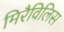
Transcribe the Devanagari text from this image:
मिरैविलिस